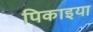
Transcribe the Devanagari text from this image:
पिकाइया